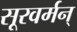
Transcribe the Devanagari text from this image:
सूरवर्मन्